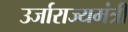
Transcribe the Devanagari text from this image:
उर्जाराज्यमंत्री